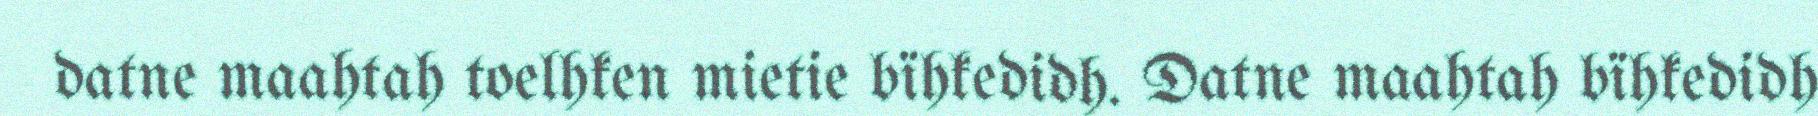
datne maahtah toelhken mietie bïhkedidh. Datne maahtah bïhkedidh